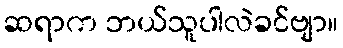
ဆရာက ဘယ်သူပါလဲခင်ဗျာ။